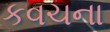
કવચના